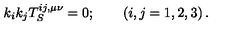
k _ { i } k _ { j } T _ { S } ^ { i j , \mu \nu } = 0 ; \qquad \left( i , j = 1 , 2 , 3 \right) .